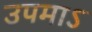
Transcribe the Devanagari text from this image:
उपमाऽ